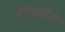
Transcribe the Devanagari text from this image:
नॉनज़ीरो